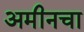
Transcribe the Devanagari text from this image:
अमीनचा